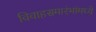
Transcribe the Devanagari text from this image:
विवाहसमारंभांमध्ये